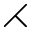
\rightthreetimes